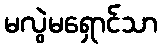
မလွဲမရှောင်သာ